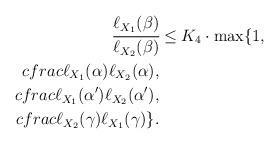
LaTeX: \begin{align*}\cfrac{\ell_{X_1}(\beta)}{\ell_{X_2}(\beta)}&\leq K_4 \cdot \max \{ 1, \\cfrac{\ell_{X_1}(\alpha)}{\ell_{X_2}(\alpha)}, \\cfrac{\ell_{X_1}(\alpha')}{\ell_{X_2}(\alpha')}, \\cfrac{\ell_{X_2}(\gamma)}{\ell_{X_1}(\gamma)} \}.\end{align*}